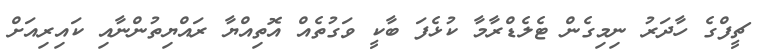
ޗީފްގެ ހާދަރު ނިމިގެން ޓެލެޑްރާމާ ކުޅެފަ ބާކީ ވަގުތެއް އޮތިއްޔާ ރައްޔިތުންނާއި ކައިރިއަށް